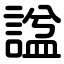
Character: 諡